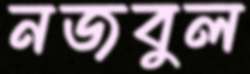
নজবুল